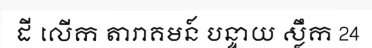
ដី លើក តារាគមន៍ បន្ទាយ ស្លឹក 24